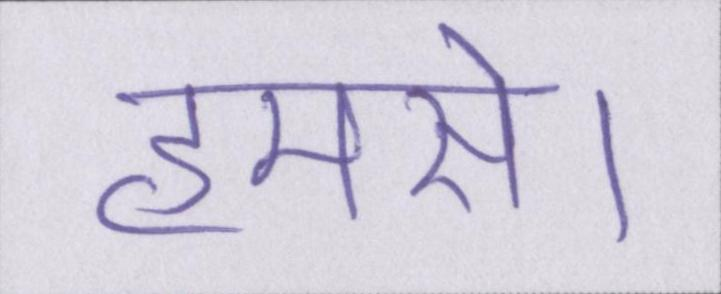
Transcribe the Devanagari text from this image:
हमसे।